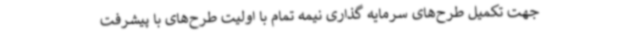
جهت تکمیل طرح‌های سرمایه گذاری نیمه تمام با اولیت طرح‌های با پیشرفت